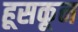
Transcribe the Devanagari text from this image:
हूसकून